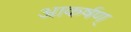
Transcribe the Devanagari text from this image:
आकर्षण्